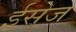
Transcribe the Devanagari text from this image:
ईसेज